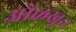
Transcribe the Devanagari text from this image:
अोळखून